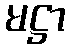
မဋ္ဌာ